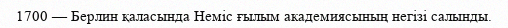
1700 — Берлин қаласында Неміс ғылым академиясының негізі салынды.